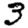
Digit: 3